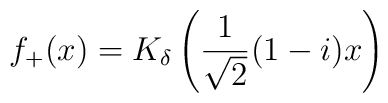
f_+(x) = K_\delta \left(\frac{1}{\sqrt{2}}(1-i)x \right)